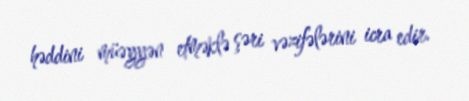
həddini müəyyən etməklə şəri vəzifələrini icra edir.